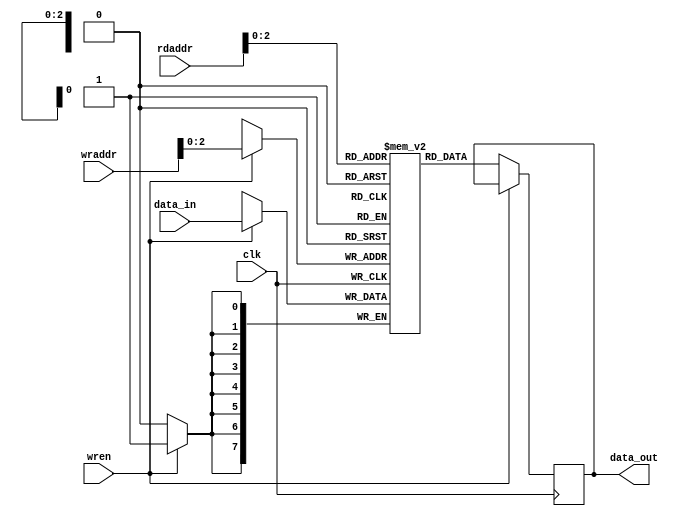
module regfile_27(data_out, data_in, wraddr, rdaddr, wren, clk);
parameter DEPTH = 8;			
	parameter WIDTH = 8;
	output [WIDTH-1:0] data_out;
	input [WIDTH-1:0] data_in;
	input clk;
	input wren;
	input [DEPTH-1:0] wraddr, rdaddr;
	reg [WIDTH-1:0] data_out;		
	reg [DEPTH-1:0] reg_file [WIDTH-1:0];
	always @(posedge clk)
	begin
		if(wren)
		begin
			reg_file[wraddr] <= data_in;
		end
		else
		begin
			data_out<=reg_file[rdaddr];
		end
	end
endmodule